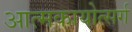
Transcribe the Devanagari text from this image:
आत्मकायोत्सर्ग